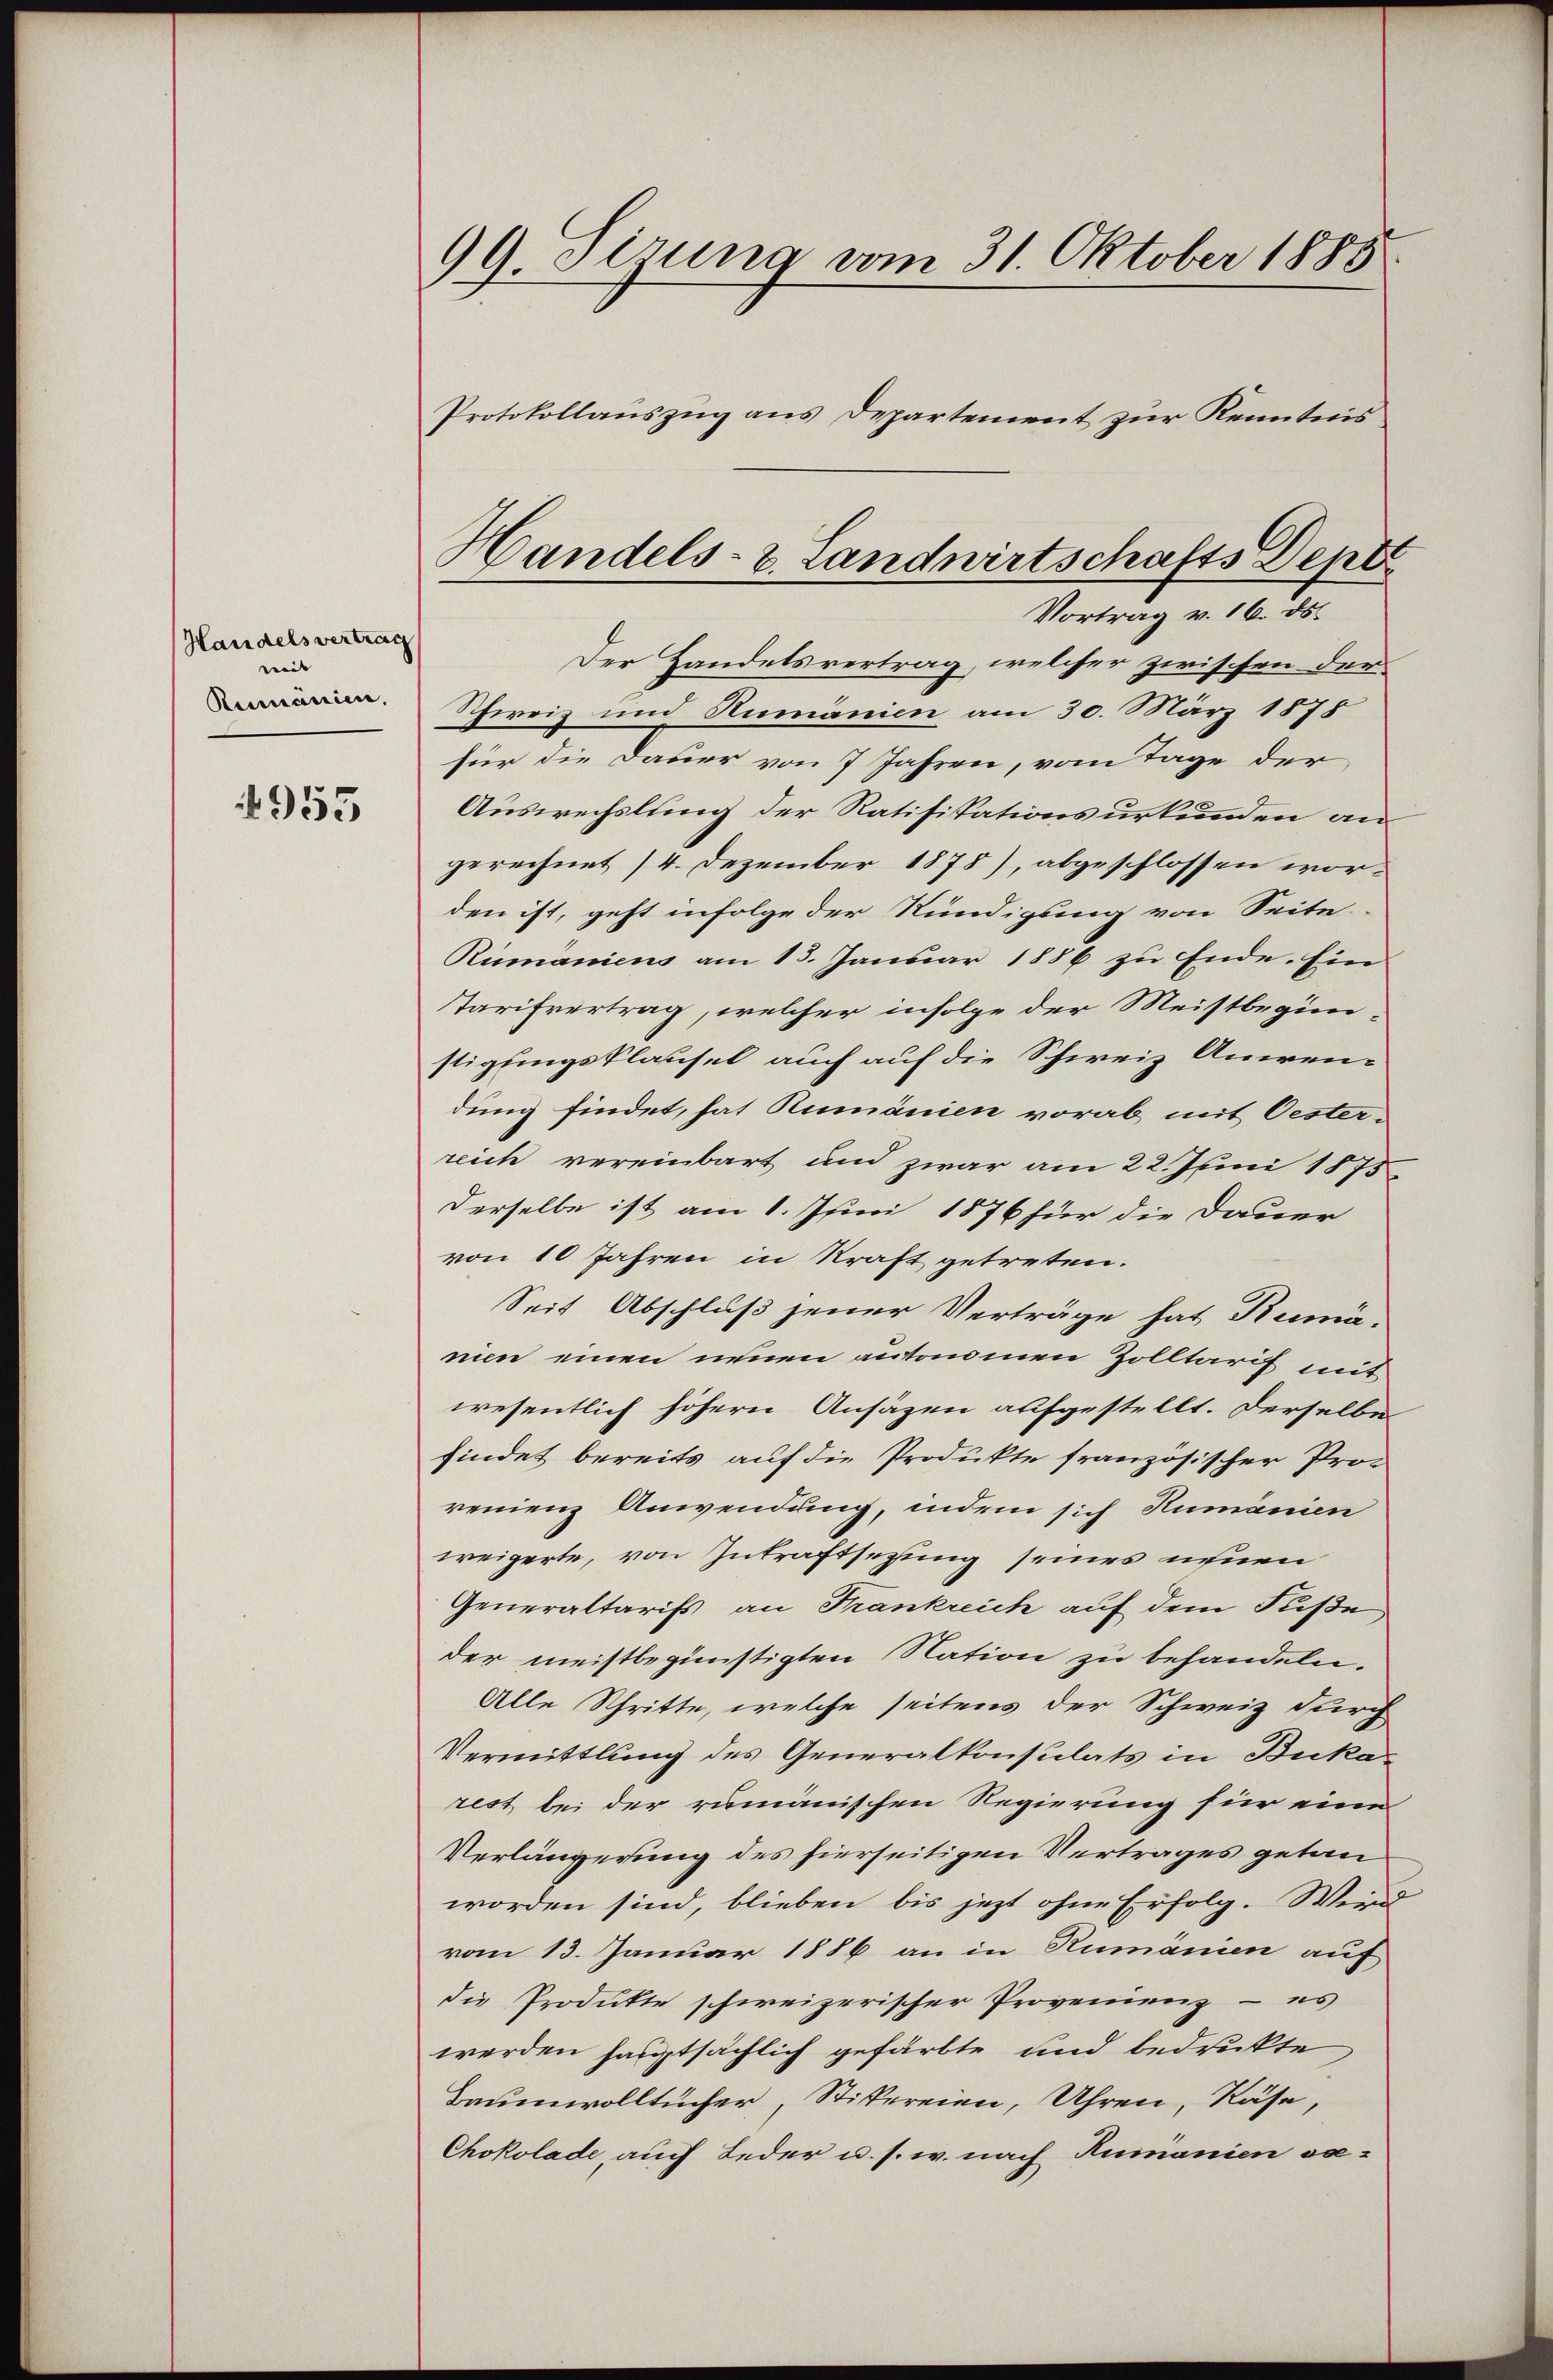
Handels vertrag
weit |
Rumanien,

4955

99 Sirung vom 31. Oktober 1888
Protokollauszug aus Departement zur Kenntnis

Schweiz und Rumänien am 30. März 1878
für die Dauer von 7 Jahren, vom Tage der
Auswechslung der Ratifikationsurkunden an
gerechnet 14. Dezember 1878), abgeschlossen worden ist, geht infolge der Kündigung von Seite
Rumaniens am 13. Januar 1886 zu Ende. Ein
Tarifvertrag, welcher infolge der Meistbeginn-
stigungsklausel auch auf die Schweiz Aniren-
dung findet, hat Rumänien vorab mit Oesterreich vereinbart und zwar am 22. Juni 1875
derselbe ist am 1. Juni 1876 für die Dauer
von 10 Jahren in Kraft getreten.
Seit Abschluß jener Verträge hat Rumä-
nin einen neuen autonomen Zolltarif mit
wesentlich höhern Ansäzen aufgestellt. Derselbe
findet bereits auf die Produkte französischer Prorenienz Anwendung, indem sich Humanien
weigerte, von Zutraftsetzung seines ihnen
Generaltarifs, an Frankreich auf dem Fuße
der meistbegünstigten Nation zu behandeln.
Alle Schritte, welche seitens der Schweiz durch
Vermittlung des Generalkonsulats in Bukarest bei der rumänischen Regierung für eine
Verlängerung des hierseitigen Vertrages getan
worden sind, blieben bis jezt ohne Erfolg. Wenn
vom 13. Januar 1886 an in Rumänien auf
die Produkte schweizerischer Provenienz - es
werden hauptsächlich gefärbte und bedrückte
Baumwolltücher, Stikereien, Uhren, Käse,
Chokolade, auch Jeder u. s. w. nach Rumanien va¬

Handels- u. Landwirtschafts Depte
Vortrag v. 16. ds.
Der Handelsvertrag, welcher zwischen der